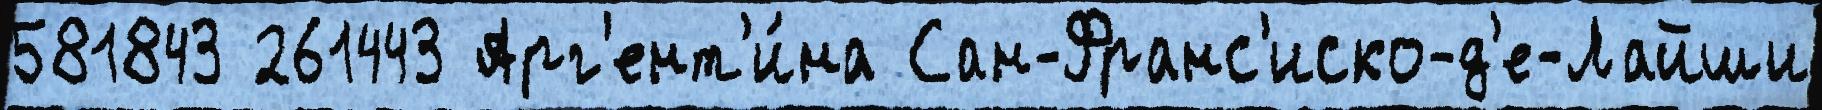
581843 261443 Арг'ент'и́на Сан-Франс'иско-д'е-Лайши